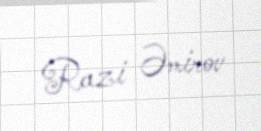
Razi Əmirov